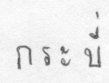
กระบี่